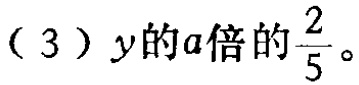
（3）$y$的$a$倍的$\frac{2}{5}$。